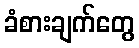
ခံစားချက်တွေ